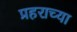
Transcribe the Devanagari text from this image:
प्रहराच्या